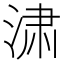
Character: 㴋